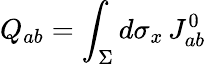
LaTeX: Q_{ab}=\int_{\Sigma}d\sigma_{x}\, J_{ab}^{0}